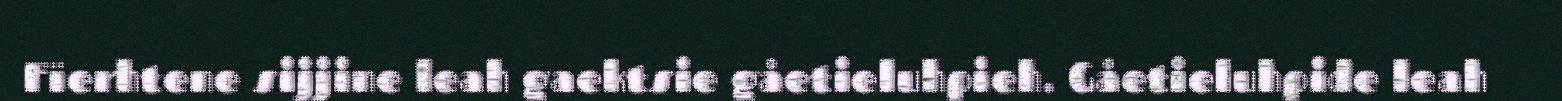
Fïerhtene sijjine leah gaektsie gåetieluhpieh. Gåetieluhpide leah